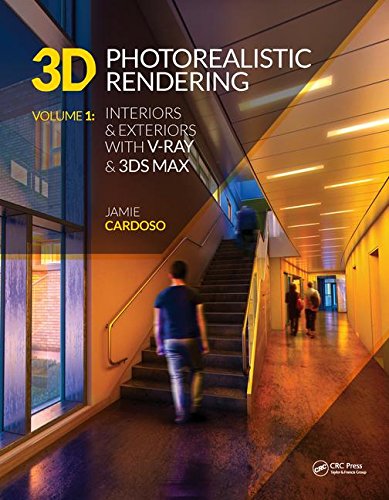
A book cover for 3D Photorealistic Rendering: Interiors & Exteriors with V-Ray and 3ds Max; Jamie Cardoso; Computers & Technology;